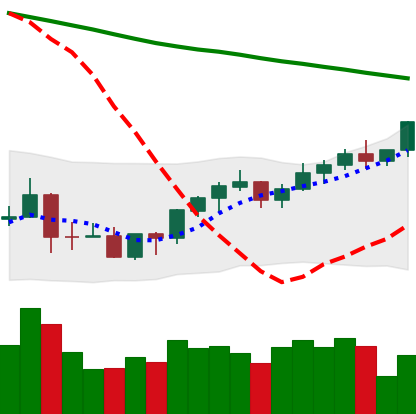
Ticker: BNB-USD
Chart end date: 2022-03-27
Forward return: 3.74%
Label: up_3_5